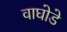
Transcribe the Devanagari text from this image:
वाघोडे